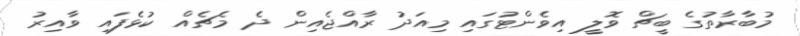
މުބާރާތުގެ ބީޗް ވޮލީ އިވެންޓުގައި މިއަދު ރާއްޖެއިން ދެ މެޗެއް ކުޅެފައި ވާއިރު